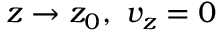
z \rightarrow z _ { 0 } , ~ v _ { z } = 0